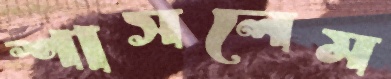
শাসলেম